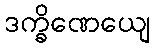
ဒက္ခိဏေယျေ